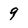
Character: 9